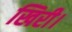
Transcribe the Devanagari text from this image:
खिरी।